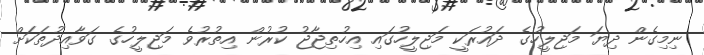
ނިމިގެން ދިޔަ މަޖިލީހުގެ ދައުރަކީ މަޖިލީހުގައި އިހުތިޖާޖު ކުރުން އިތުރުވެ މަޖިލީހުގެ ގަވާއިދުތަކަށް